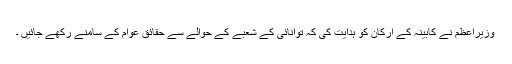
وزیراعظم نے کابینہ کے ارکان کو ہدایت کی کہ توانائی کے شعبے کے حوالے سے حقائق عوام کے سامنے رکھے جائیں ۔